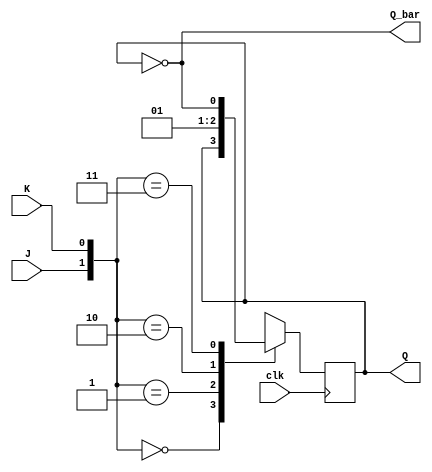
module jk_ff(clk,J,K, Q,Q_bar);  
   input clk,J,K;
   output reg Q;
   output Q_bar;   
  
   always @(posedge clk)  
   begin
      case ({J,K})  
         2'b00 :  Q <= Q;  
         2'b01 :  Q <= 1'b0;  
         2'b10 :  Q <= 1'b1;  
         2'b11 :  Q <= ~Q;  
      endcase  
   end
   
   assign Q_bar = ~Q;
endmodule